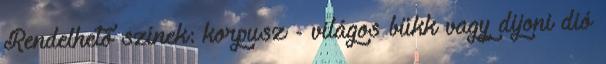
Rendelhető színek: korpusz - világos bükk vagy dijoni dió